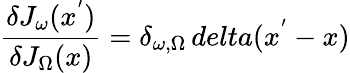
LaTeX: \frac{\delta J_{\omega}(x^{'})}{\delta J_{\Omega}(x)}=\delta_{\omega,\Omega}\, delta(x^{'}-x)